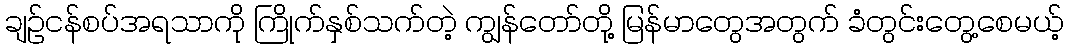
ချဉ်ငန်စပ်အရသာကို ကြိုက်နှစ်သက်တဲ့ ကျွန်တော်တို့ မြန်မာတွေအတွက် ခံတွင်းတွေ့စေမယ့်